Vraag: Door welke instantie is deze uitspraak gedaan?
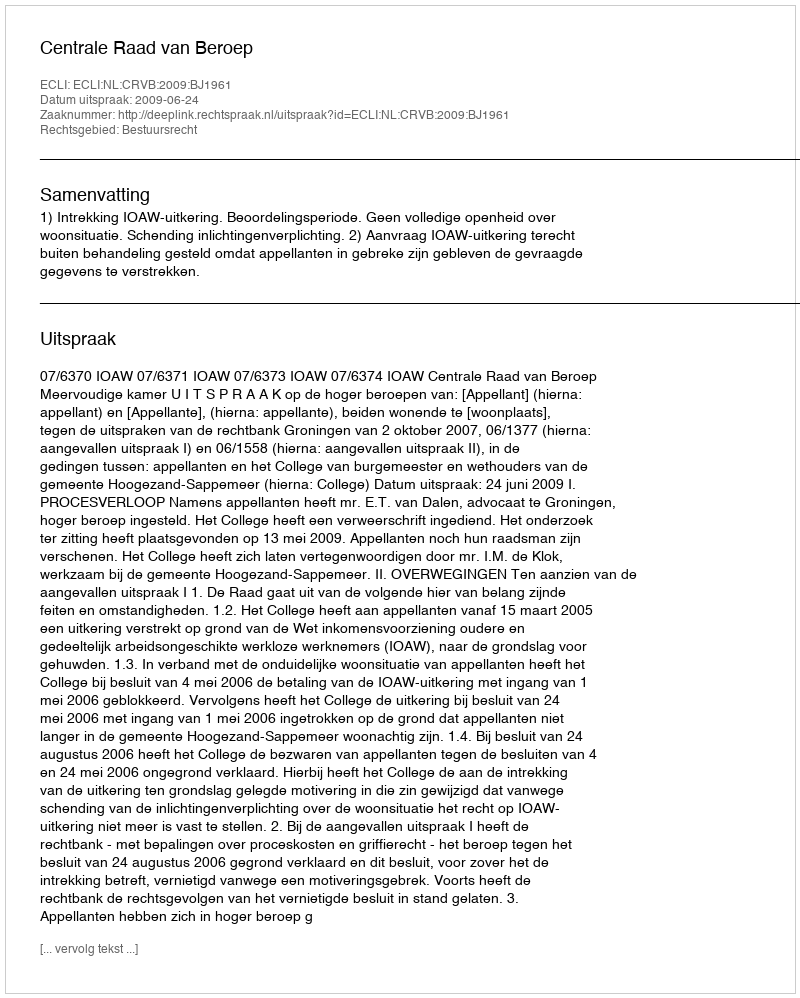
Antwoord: Centrale Raad van Beroep